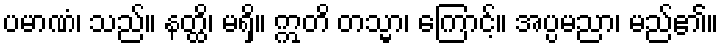
ပမာဏံ၊ သည်။ နတ္ထိ၊ မရှိ။ ဣတိ တသ္မာ၊ ကြောင့်။ အပ္ပမညာ၊ မည်၏။